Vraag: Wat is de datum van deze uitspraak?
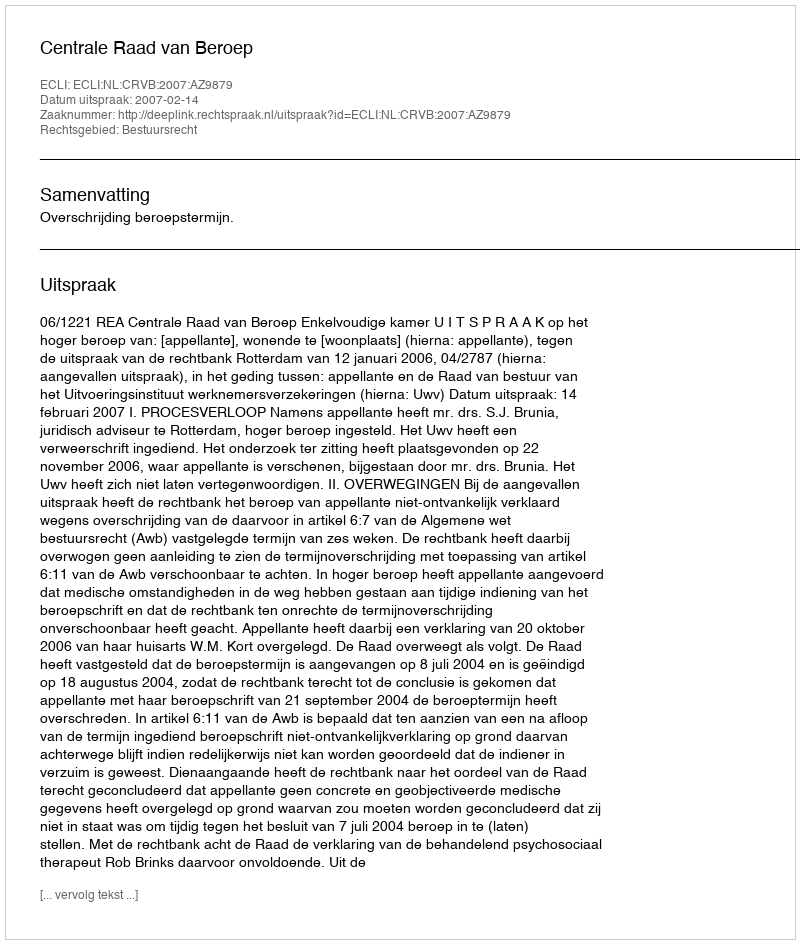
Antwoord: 2007-02-14